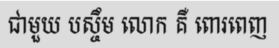
ជាមួយ បស្ចឹម លោក គឺ ពោរពេញ